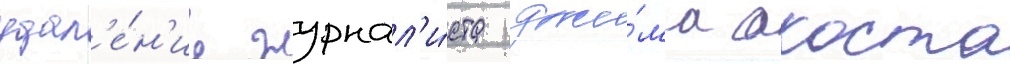
удал'е́н'ие журнал'и́ста джи́ма акоста